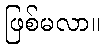
ဖြစ်မလာ။